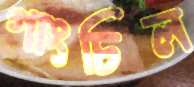
গাংচিল